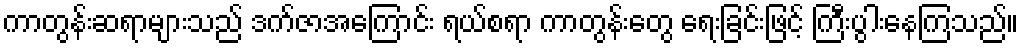
ကာတွန်းဆရာများသည် ဒက်ဇာအကြောင်း ရယ်စရာ ကာတွန်းတွေ ရေးခြင်းဖြင့် ကြီးပွါးနေကြသည်။